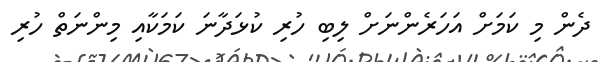
ދެން މި ކަމަށް އަހަރެންނަށް ލިބި ހުރި ކުޅަދާނަ ކަމަކާއި މިންނަތް ހުރި